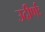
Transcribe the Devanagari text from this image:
उदीर्णः